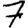
Digit: 7